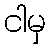
ငါမှ